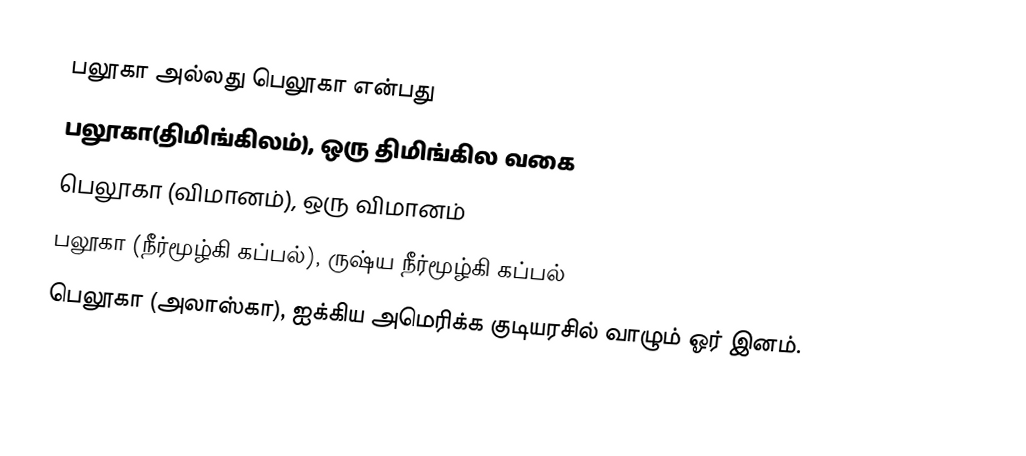
பலூகா அல்லது பெலூகா என்பது
பலூகா(திமிங்கிலம்), ஒரு திமிங்கில வகை
பெலூகா (விமானம்), ஒரு விமானம்
பலூகா (நீர்மூழ்கி கப்பல்), ருஷ்ய நீர்மூழ்கி கப்பல்
பெலூகா (அலாஸ்கா), ஐக்கிய அமெரிக்க குடியரசில் வாழும் ஓர் இனம்.